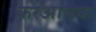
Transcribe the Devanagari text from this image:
करआवक